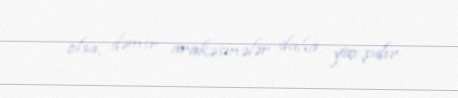
olsa, dəmir arakəsmələr daha yaxşıdır.